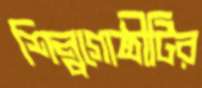
শিল্পগোষ্ঠীটির